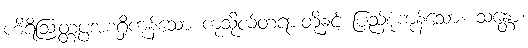
ဟိရိဩတ္တပ္ပအစရှိကုန်သော ကုသိုလ်တရားတို့နှင့် ပြည့်စုံကုန်သော။ သန္တော၊